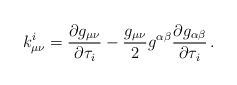
LaTeX: \begin{align*}k^i_{\mu\nu} = \frac{\partial g_{\mu\nu}}{\partial \tau_i} - \frac{g_{\mu\nu}}{2} g^{\alpha\beta} \frac{\partial g_{\alpha\beta}}{\partial \tau_i} \, .\end{align*}